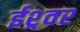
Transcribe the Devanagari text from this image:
ईश्र्वर